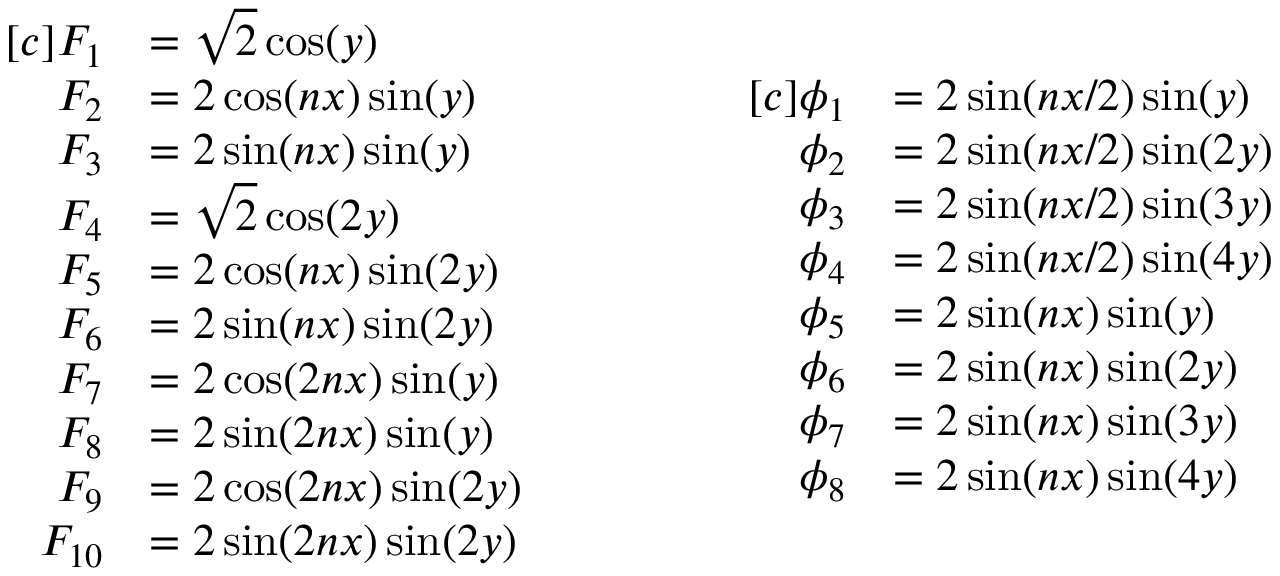
\begin{array} { r l } { [ c ] F _ { 1 } } & { = \sqrt { 2 } \cos ( y ) } \\ { F _ { 2 } } & { = 2 \cos ( n x ) \sin ( y ) } \\ { F _ { 3 } } & { = 2 \sin ( n x ) \sin ( y ) } \\ { F _ { 4 } } & { = \sqrt { 2 } \cos ( 2 y ) } \\ { F _ { 5 } } & { = 2 \cos ( n x ) \sin ( 2 y ) } \\ { F _ { 6 } } & { = 2 \sin ( n x ) \sin ( 2 y ) } \\ { F _ { 7 } } & { = 2 \cos ( 2 n x ) \sin ( y ) } \\ { F _ { 8 } } & { = 2 \sin ( 2 n x ) \sin ( y ) } \\ { F _ { 9 } } & { = 2 \cos ( 2 n x ) \sin ( 2 y ) } \\ { F _ { 1 0 } } & { = 2 \sin ( 2 n x ) \sin ( 2 y ) } \end{array} \qquad \qquad \begin{array} { r l } { [ c ] \phi _ { 1 } } & { = 2 \sin ( n x / 2 ) \sin ( y ) } \\ { \phi _ { 2 } } & { = 2 \sin ( n x / 2 ) \sin ( 2 y ) } \\ { \phi _ { 3 } } & { = 2 \sin ( n x / 2 ) \sin ( 3 y ) } \\ { \phi _ { 4 } } & { = 2 \sin ( n x / 2 ) \sin ( 4 y ) } \\ { \phi _ { 5 } } & { = 2 \sin ( n x ) \sin ( y ) } \\ { \phi _ { 6 } } & { = 2 \sin ( n x ) \sin ( 2 y ) } \\ { \phi _ { 7 } } & { = 2 \sin ( n x ) \sin ( 3 y ) } \\ { \phi _ { 8 } } & { = 2 \sin ( n x ) \sin ( 4 y ) } \end{array}